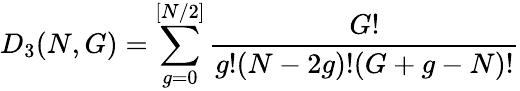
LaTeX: D_{3}(N,G)=\sum_{g=0}^{[N/2]}\frac{G!}{g!(N-2g)!(G+g-N)!}